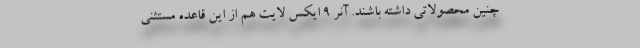
چنین محصولاتی داشته باشند. آنر 9 ایکس لایت هم از این قاعده مستثنی